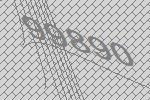
99890